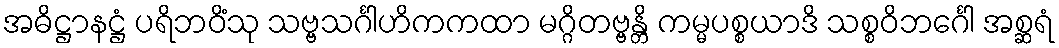
အဓိဋ္ဌာနဋ္ဌံ ပရိဘဝိံသု သဗ္ဗသင်္ဂါဟိကကထာ မဂ္ဂိတဗ္ဗန္တိ ကမ္မပစ္စယာဒိ သစ္စဝိဘင်္ဂေါ အစ္ဆရံ